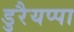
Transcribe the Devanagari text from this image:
डुरैयप्पा